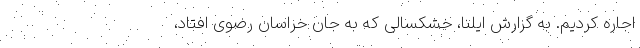
اجاره کردیم. به گزارش ایلنا، خشکسالی که به جانِ خراسان رضوی افتاد،